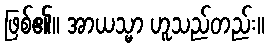
ဖြစ်၏။ အာယသ္မာ ဟူသည်တည်း။